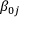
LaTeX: \beta _ { 0 j }